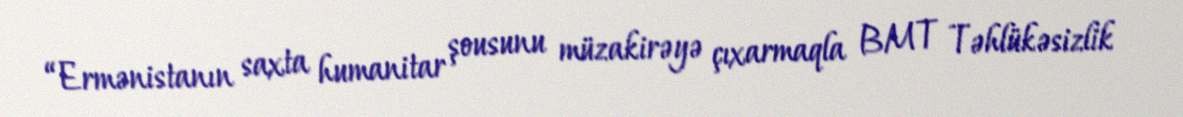
“Ermənistanın saxta humanitar şousunu müzakirəyə çıxarmaqla BMT Təhlükəsizlik